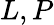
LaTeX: L,P